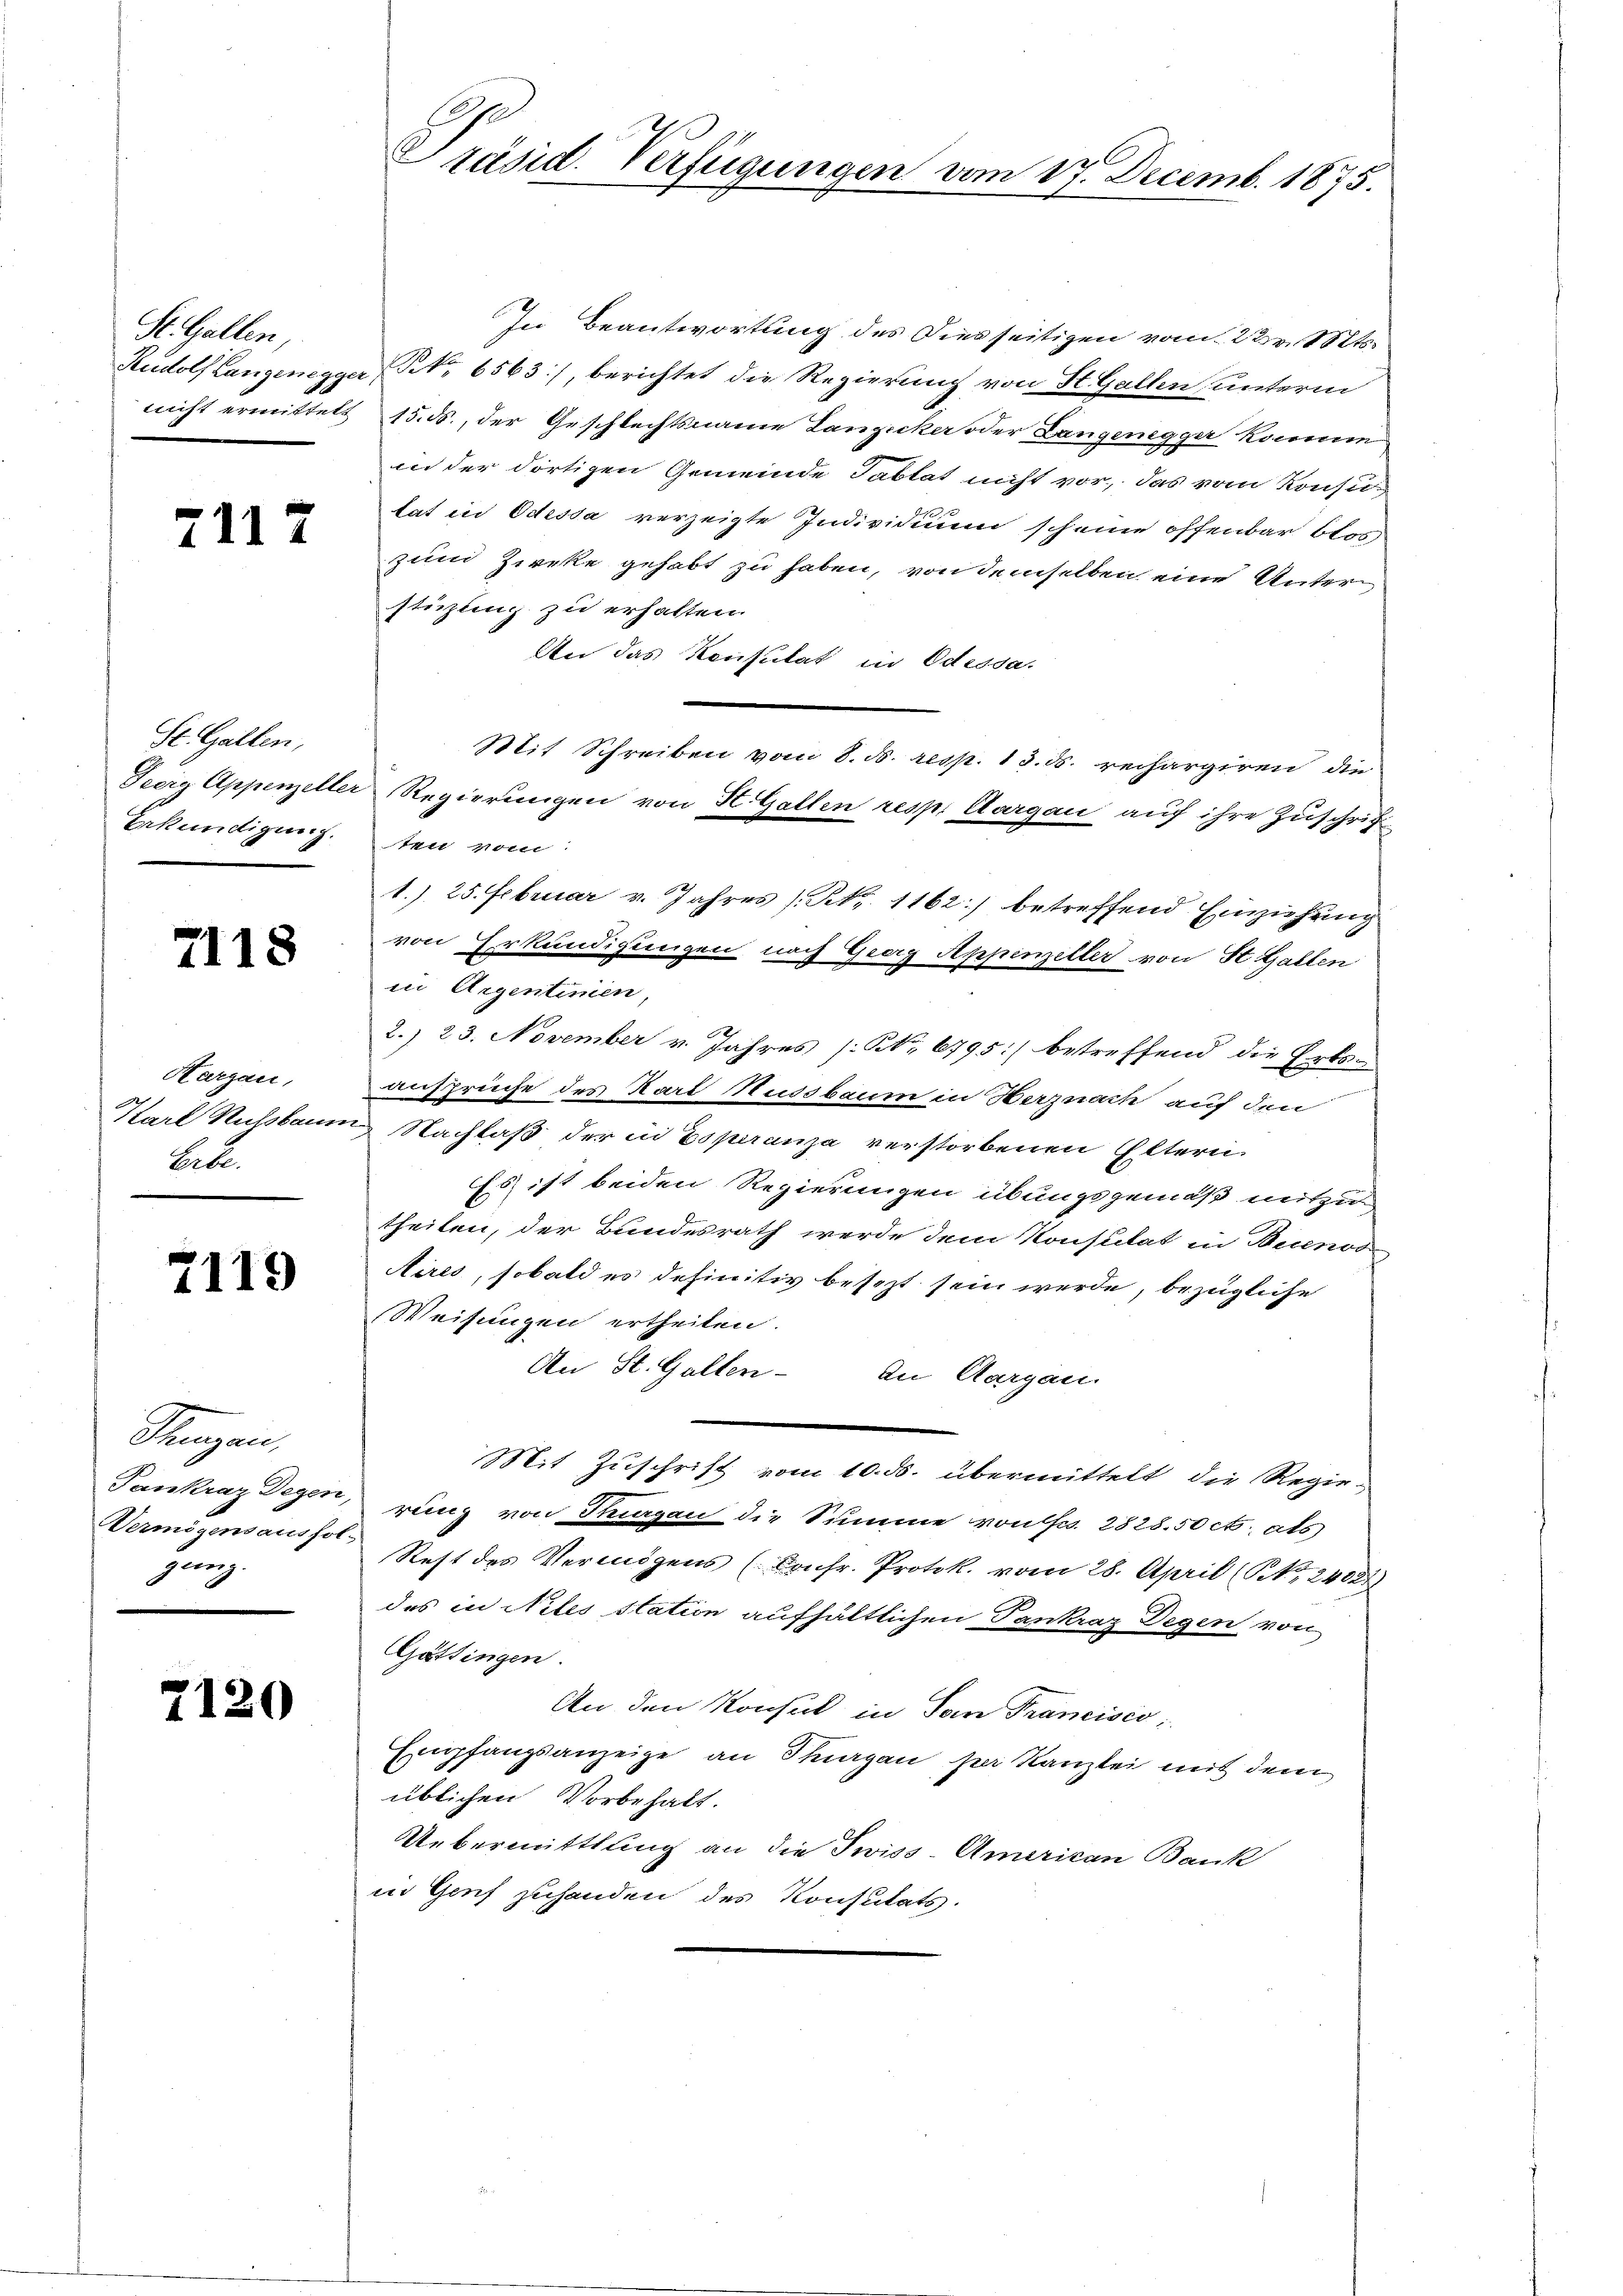
St. Gallen,

7117

St. Gallen,
Feerg Appenzeller
Erkundigung.

2118

Hargau,
Karl Richsbann
Bitte

7119

Singen,
Pankraz Degen,
Vermögensaushol
gung.

2120

z
2 C
Präsid. Verfügungen vom 17. Decemb. 1875.

In Beantwortung des Diesseitigen vom 22 v. Mts.
Rudolf Langenegger, NNo. 6563), berichtet die Regierung von St. Gallen unterm
nicht ermittelt 15. ds., der Geschlechtsname Lanzucker oder Langenegger kommen
in der dortigen Gemeinde Tablat nicht vor, das vom Konsutat in Odessa verzeigte Individuum scheine offenbar blos
zum Zircke gehabt zu haben, von demselben eine Unterstüzung zu erhalten.
An das Konsulat in Odessa.
Mit Schreiben vom 8. d. resp. 13. ds. rechargiren, die
Regierungen von H. Gallen resp. Aargau auf ihre Zuschrif
ten vom
1.) 25. Februar v. Jahres (Nr. 1162) betreffend Einziehung
von Erkundigungen nach Georg Appenzeller von St. Gallen
in Aigentimen,
2. 23. November v. Jahres [No 6795] betreffend die Erts-
ansprüche des Karl Nussbaum in Herznach auf den
Nachlaß der in Esperanza verstorbenen Eltern
Es ist beiden Regierungen übungsgemäß mitzutheilen, der Bundesrath werde dem Konsulat in Bienade
Aires, sobald es definitiv besezt sein werde, bezügliche
Weisungen ertheilen.
An St. Gallen. In Aargau.
Mit Zuschrift vom 10. ds. übermittelt, die Regie-
rung von Thurgau die Summe von Fr. 2828.50 ct. als
Rest des Vermögens (Confr. Protok. vom 28. April (S. 2400
des in Niles station aufhältlichen Pankraz Degen von
Gattingen.
An den Konsul in San Francisco,
Empfangsanzeige an Thurgan per Kanzlei mit dem
üblichen Vorbehalt.
Uebermittlung an die Swiss-American Bank
in Genf zuhanden des Konsulats.